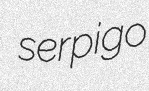
serpigo